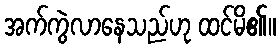
အက်ကွဲလာနေသည်ဟု ထင်မိ၏။